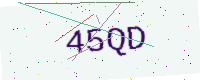
Text: 45QD